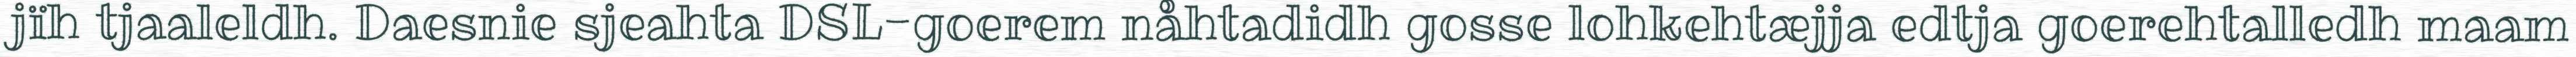
jïh tjaaleldh. Daesnie sjeahta DSL-goerem nåhtadidh gosse lohkehtæjja edtja goerehtalledh maam